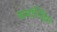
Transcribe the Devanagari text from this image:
कमांन्डिंग